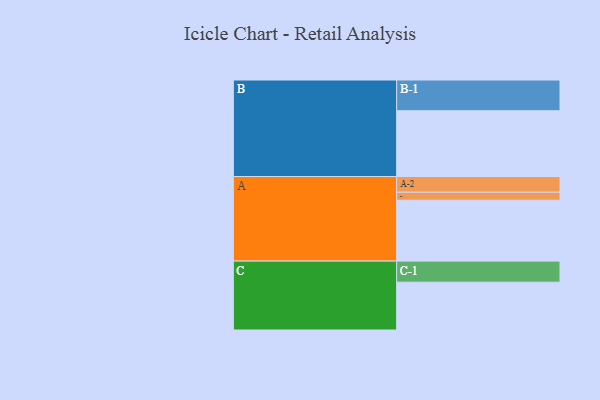
{"axis": {"x": "Segment", "y": "Value"}, "legend": ["", "A", "B", "C"], "data": [{"x": "A", "y": 500, "type": ""}, {"x": "B", "y": 540, "type": ""}, {"x": "C", "y": 393, "type": ""}, {"x": "A-1", "y": 66, "type": "A"}, {"x": "A-2", "y": 129, "type": "A"}, {"x": "B-1", "y": 253, "type": "B"}, {"x": "C-1", "y": 173, "type": "C"}]}